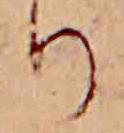
り